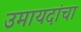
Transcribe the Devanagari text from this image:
उमायदांचा